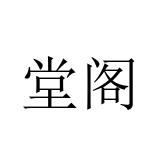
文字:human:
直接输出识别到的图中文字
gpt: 堂阁